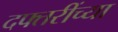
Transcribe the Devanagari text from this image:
दफ्तरींच्या